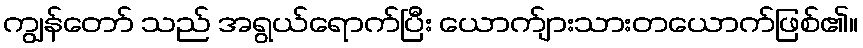
ကျွန်တော် သည် အရွယ်ရောက်ပြီး ယောက်ျားသားတယောက်ဖြစ်၏။